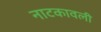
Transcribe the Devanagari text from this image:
नाटकावली